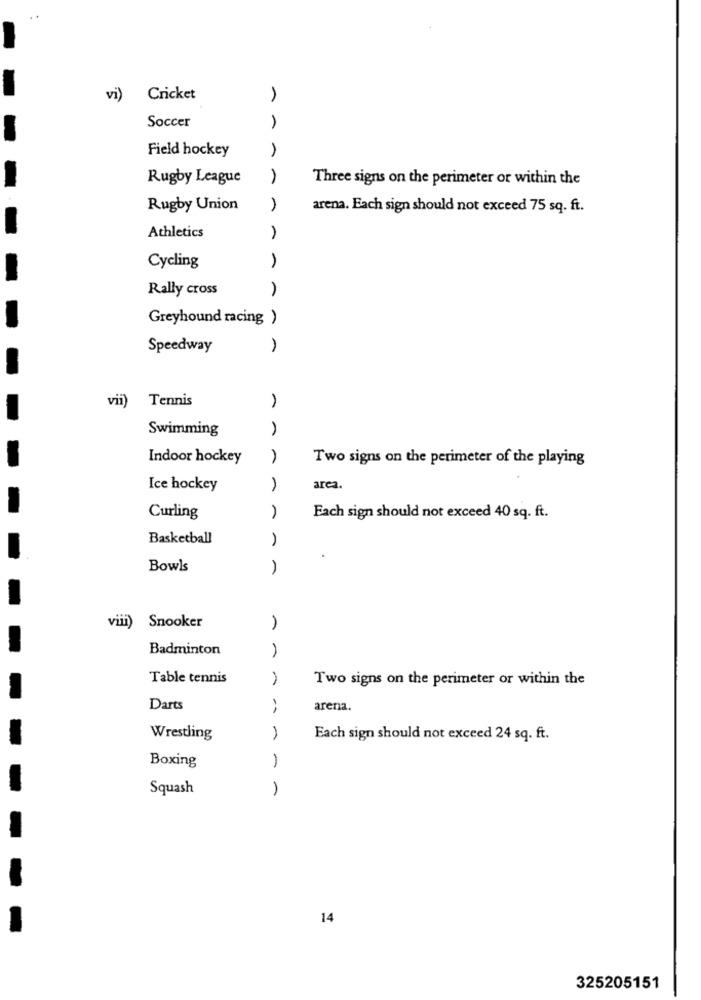
. .
vi) Cricket
Soccer
Field hockey
Rugby League
Three signs on the perimeter or within the
Rugby Union
A
arena. Each sign should not exceed 75 sq. ft.
Athletics
A
Cycling
Rally cross
A
Greyhound racing )
Speedway
vii)
Tennis
Swimming
Indoor hockey
Two signs on the perimeter of the playing
Ice hockey
area.
Curling
Each sign should not exceed 40 sq. ft.
Basketball
Bowls
)
viii)
Snooker
Badminton
Table tennis
Two signs on the perimeter or within the
Darts
arena.
Wrestling
Each sign should not exceed 24 sq. ft.
-
Boxing
Squash
14
325205151